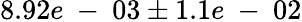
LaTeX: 8.92e\mathrm{~-~}03\pm 1.1e\mathrm{~-~}02